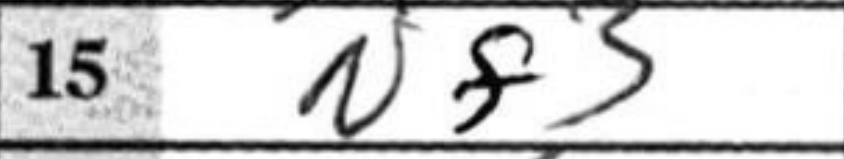
Transcription: Nf3